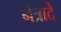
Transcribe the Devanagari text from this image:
नेत्रादे